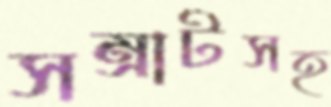
সম্রাটসহ